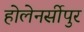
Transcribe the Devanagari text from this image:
होलेनर्सीपुर